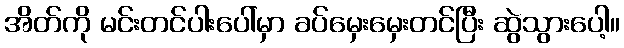
အိတ်ကို မင်းတင်ပါးပေါ်မှာ ခပ်မှေးမှေးတင်ပြီး ဆွဲသွားပေါ့။